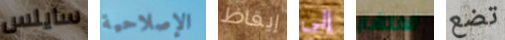
سايلس الإصلاحية إيقاظ إلى الانتشار تضع